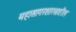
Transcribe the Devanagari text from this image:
महासागरशास्त्रातील